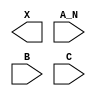
module sky130_fd_sc_hdll__and3b (
    X  ,
    A_N,
    B  ,
    C
);

    output X  ;
    input  A_N;
    input  B  ;
    input  C  ;

    // Voltage supply signals
    supply1 VPWR;
    supply0 VGND;
    supply1 VPB ;
    supply0 VNB ;

endmodule